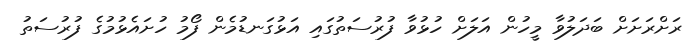
ރަށްރަށަށް ބަދަލުވާ މީހުން އަލަށް ހުޅުވާ ފުރުސަތުގައި އަޅުގަނޑުމެން ފޯމު ހުށައެޅުމުގެ ފުރުސަތު